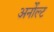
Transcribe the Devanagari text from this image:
अर्नोल्ट